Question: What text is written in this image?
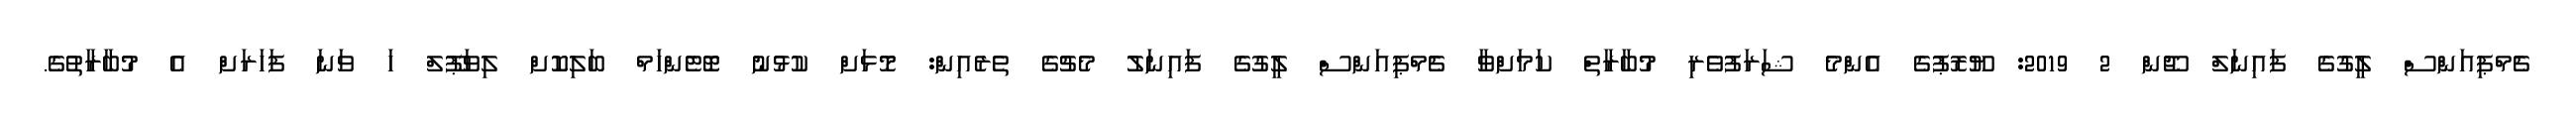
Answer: ޗެމްޕިއަންސް ލީގުގެ ފައިނަލް ޖޫން 2 2019: ޔޫރޮޕުގެ އެންމެ ޝަރަފުވެރި މުބާރާތް ކަމަށްވާ ޗެމްޕިއަންސް ލީގުގެ ފައިނަލު މެޗުގެ ތެރެއިން: މޮޅަށް ކުޅުނު ޓޮޓެންހަމް ބަލިކޮށް ލިވަޕޫލް ހަ ވަނަ ފަހަރަށް އެ މުބާރާތުގެ.